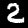
Digit: 2